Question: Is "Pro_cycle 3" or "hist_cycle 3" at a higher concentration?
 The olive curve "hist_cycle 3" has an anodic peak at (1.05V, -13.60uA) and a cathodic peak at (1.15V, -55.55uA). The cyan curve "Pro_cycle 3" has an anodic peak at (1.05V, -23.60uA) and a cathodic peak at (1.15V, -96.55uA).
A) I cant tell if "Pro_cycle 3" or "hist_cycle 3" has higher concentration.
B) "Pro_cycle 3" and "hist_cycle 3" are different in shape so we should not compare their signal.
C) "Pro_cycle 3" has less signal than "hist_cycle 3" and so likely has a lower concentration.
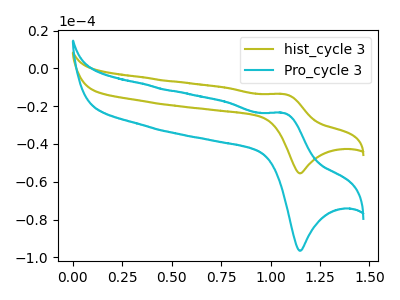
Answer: <think>All the peaks in "Pro_cycle 3" have a peak in "hist_cycle 3" at the same potential.
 </think>
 <answer>A) I cant tell if "Pro_cycle 3" or "hist_cycle 3" has higher concentration.</answer>
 <eval>A</eval>